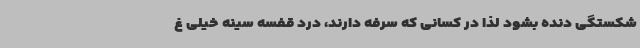
شکستگی دنده بشود لذا در کسانی که سرفه دارند، درد قفسه سینه خیلی غ